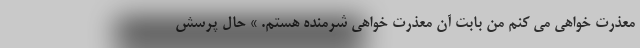
معذرت خواهی می کنم من بابت آن معذرت خواهی شرمنده هستم. » حال پرسش